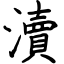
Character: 瀆